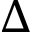
\Delta